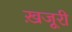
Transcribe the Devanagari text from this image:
ख़जूरी